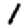
Digit: 1